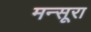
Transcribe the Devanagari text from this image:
मन्सूरा